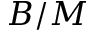
B / M